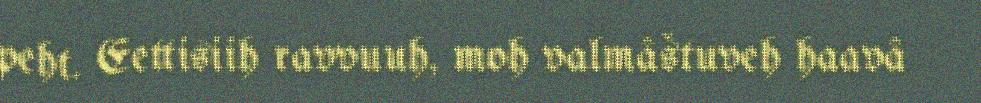
peht. Eettisiih ravvuuh, moh valmâštuveh haavâ